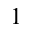
_ 1